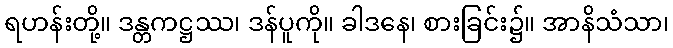
ရဟန်းတို့။ ဒန္တကဋ္ဌဿ၊ ဒန်ပူကို။ ခါဒနေ၊ စားခြင်း၌။ အာနိသံသာ၊